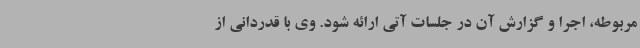
مربوطه، اجرا و گزارش آن در جلسات آتی ارائه شود. وی با قدردانی از